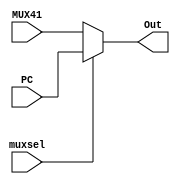
module PCorMUX41(
	input muxsel,
	input [31:0]MUX41,
	input [31:0]PC,
	output [31:0]Out);
assign Out = (muxsel == 1) ? PC : MUX41;
endmodule